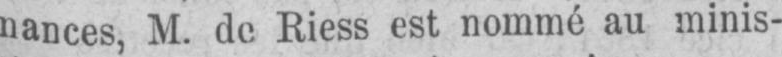
nances, M. de Riess est nommé au minis-